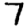
Digit: 7